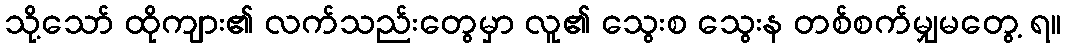
သို့သော် ထိုကျား၏ လက်သည်းတွေမှာ လူ၏ သွေးစ သွေးန တစ်စက်မျှမတွေ့ ရ။